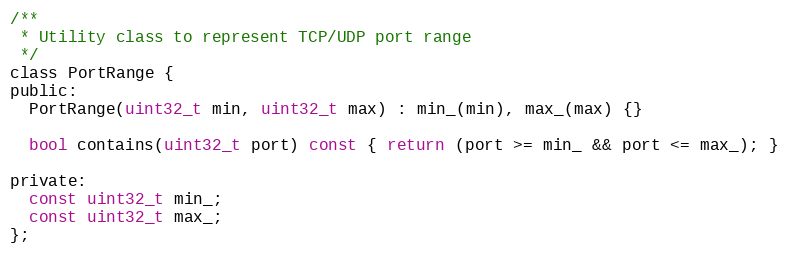
Language: C
/**
 * Utility class to represent TCP/UDP port range
 */
class PortRange {
public:
  PortRange(uint32_t min, uint32_t max) : min_(min), max_(max) {}

  bool contains(uint32_t port) const { return (port >= min_ && port <= max_); }

private:
  const uint32_t min_;
  const uint32_t max_;
};